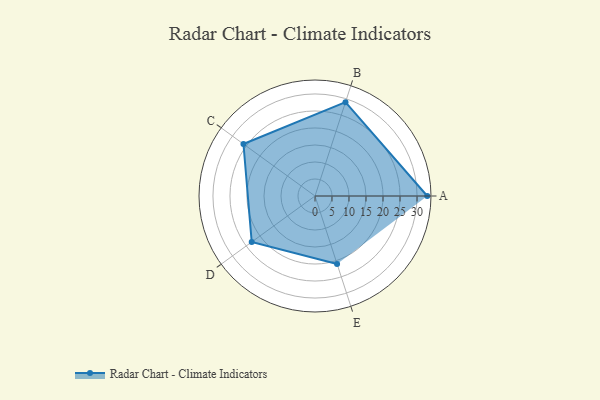
{"axis": {"x": "Skill", "y": "Score"}, "legend": ["Profile"], "data": [{"x": "A", "y": 33.0, "type": "Profile"}, {"x": "B", "y": 29.0, "type": "Profile"}, {"x": "C", "y": 26.0, "type": "Profile"}, {"x": "D", "y": 23.0, "type": "Profile"}, {"x": "E", "y": 21.0, "type": "Profile"}]}